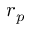
r _ { p }